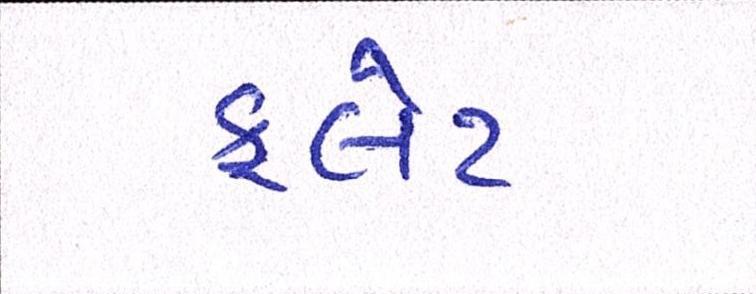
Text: ફલેટ